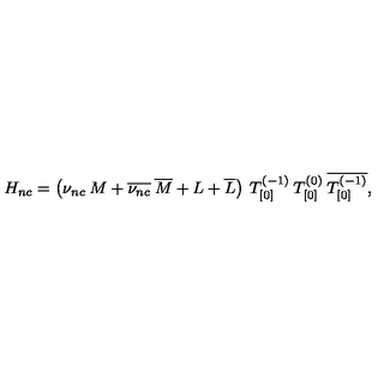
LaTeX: H _ { n c } = \left( \nu _ { n c } \: M + \overline { { \nu _ { n c } } } \: \overline { { M } } + L + \overline { { L } } \right) \: T _ { [ 0 ] } ^ { ( - 1 ) } \: T _ { [ 0 ] } ^ { ( 0 ) } \: \overline { { T _ { [ 0 ] } ^ { ( - 1 ) } } } ,